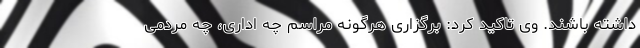
داشته باشند. وی تاکید کرد: برگزاری هرگونه مراسم چه اداری، چه مردمی